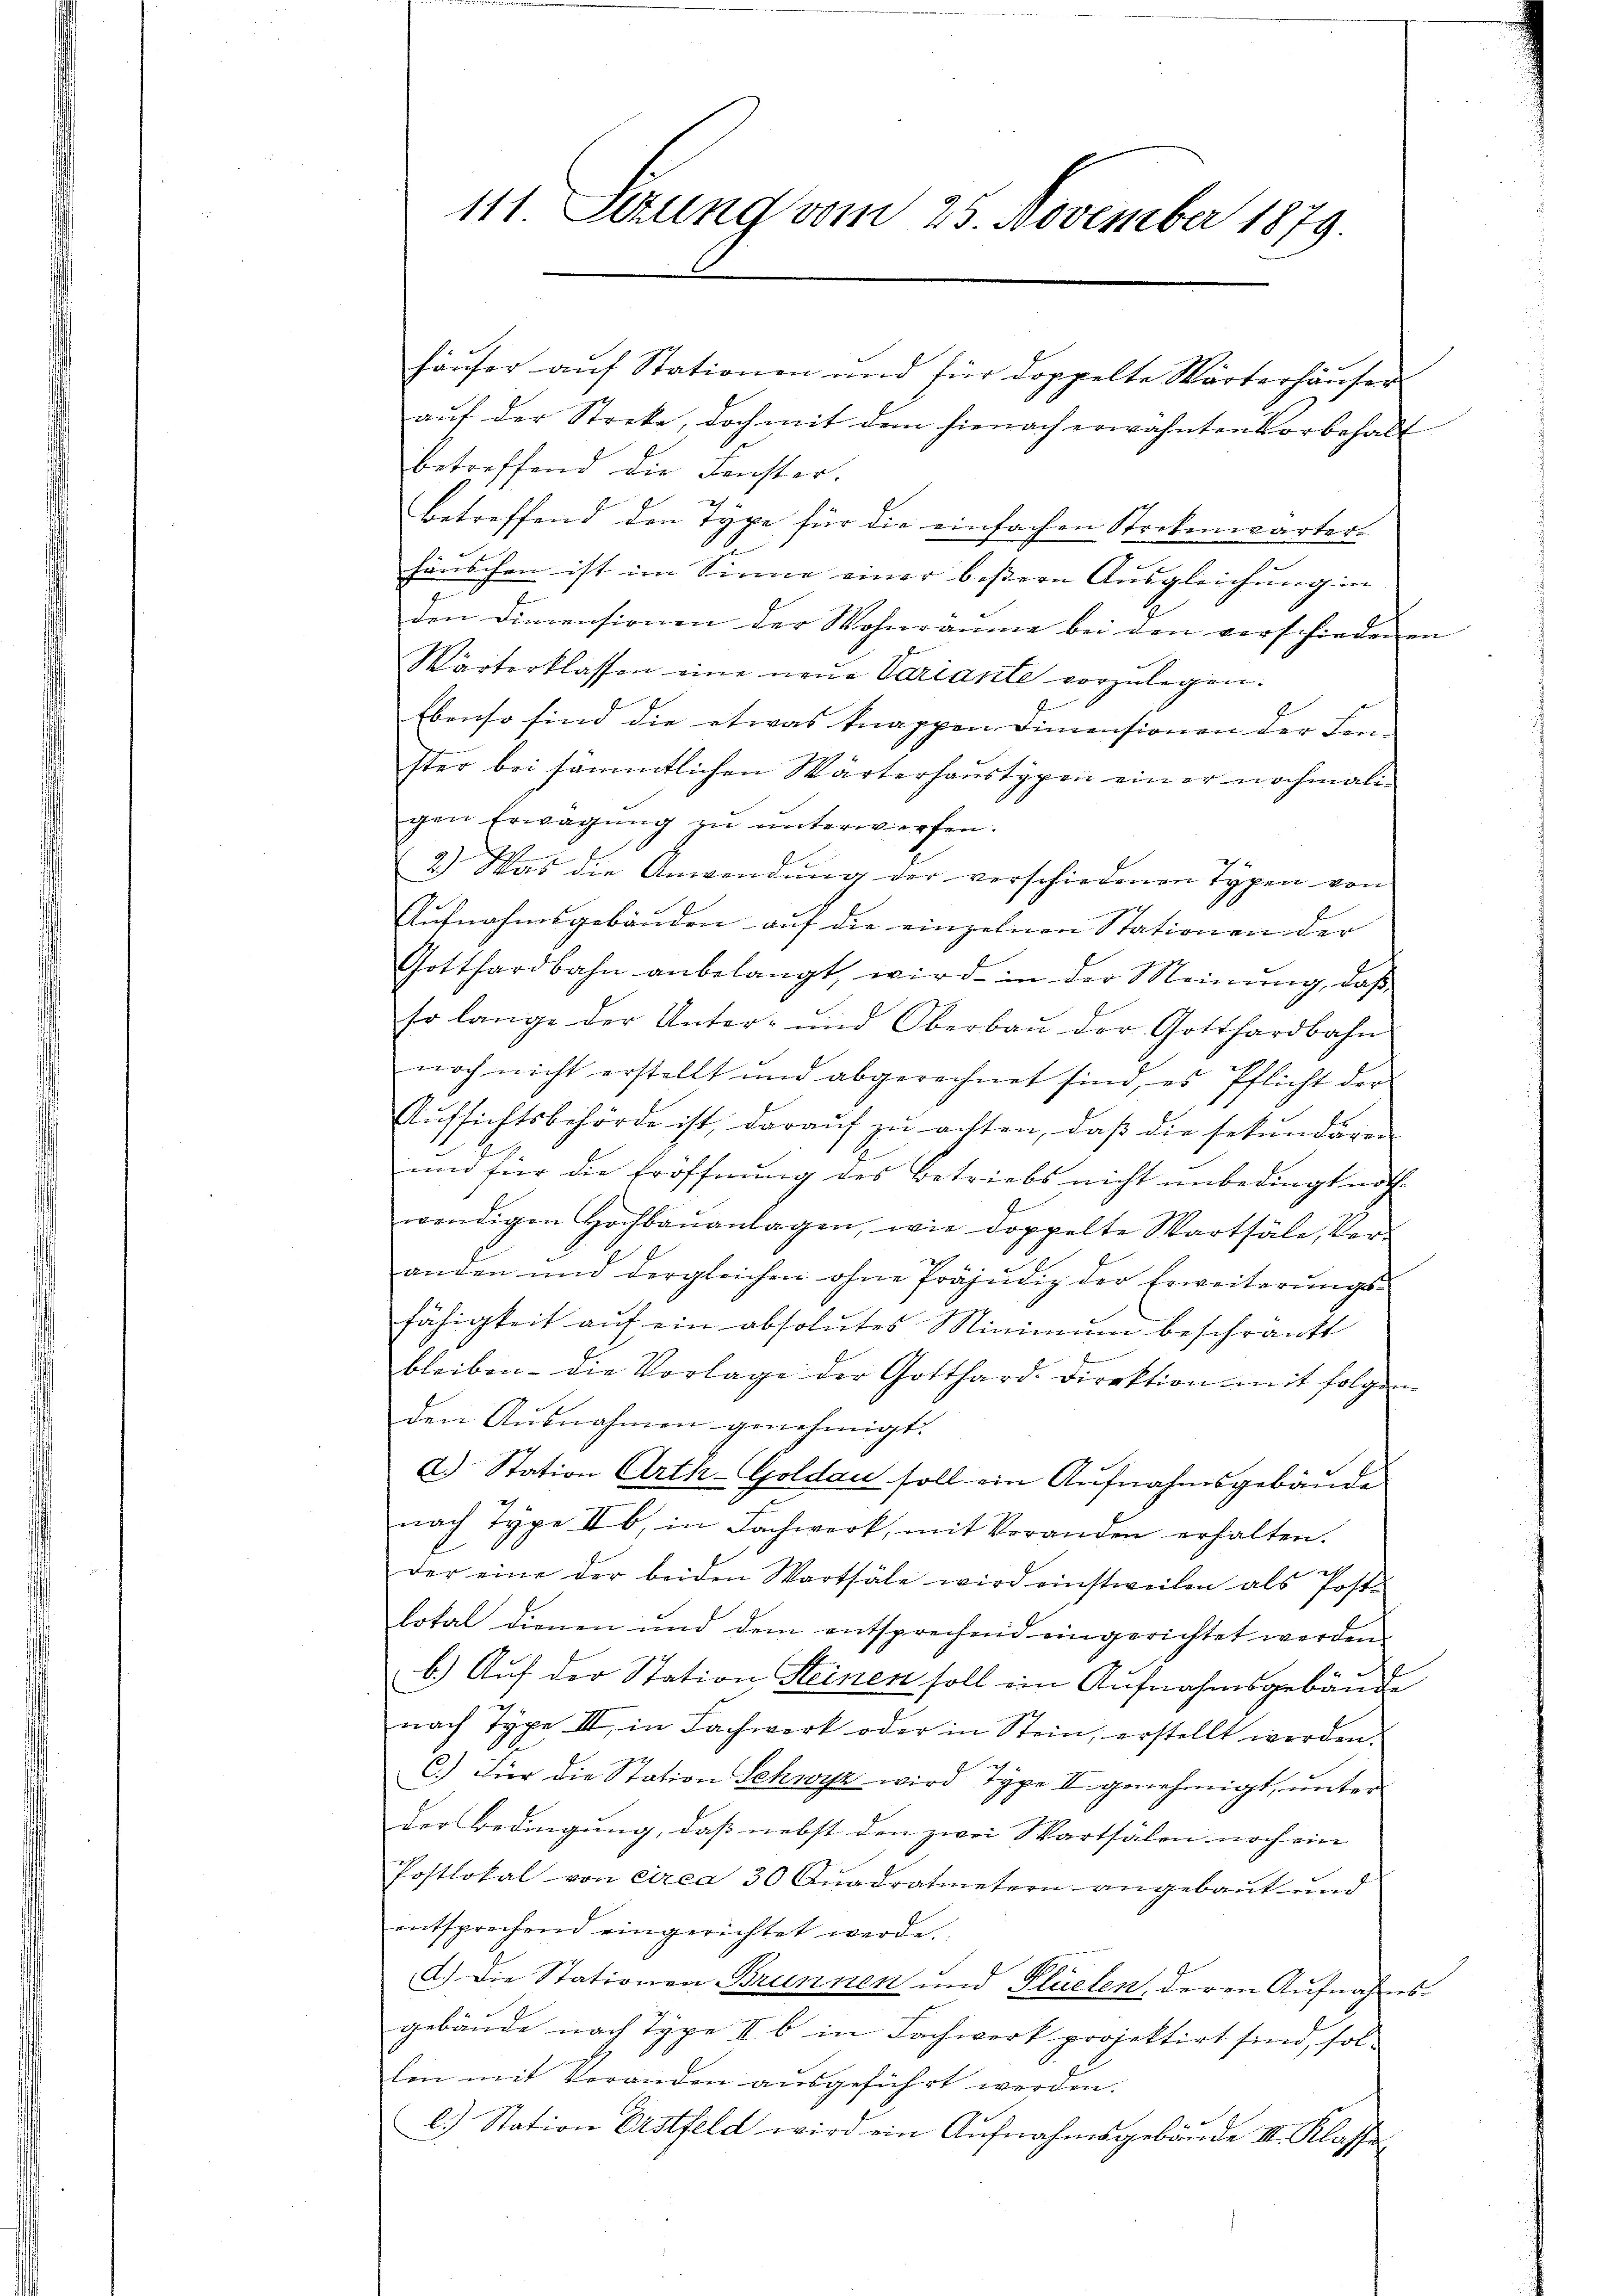
111. Setzung vom 25. November 1879.

aŭf der Streke, doch mit dem hienach erwähnten Vorbehalt
betreffend die Fenster.
betreffend den Type für die einfachen Strekenwärter-
häuschen ist im Sinne einer bestern Ausgleichung in |
den Dimensionen der Wohnräume bei den verschiedenen
Wärterklassen eine neue Variante vorzulegen.
2
u
Ebenso sind die etwas knappen Dimensionen der Censter bei sämmtlichen Wärterhaustypen einer nochmaligen Erwägŭng zŭ ŭnterwerfen.
2.) Was die Anwendung der verschiedenen Typen von
Aŭfnahmsgebäŭden auf die einzelnen Stationen der
Gotthardbahn anbelangt, wird in der Meinŭng, daβ
so lange der Unter- und Oberbaŭ der Gotthardbahn
noch nicht erstellt und abgerechnet sind, es Pflicht der
Aŭfsichtsbehörde ist, daraŭf zŭ achten, daβ die sekunderen
und für die Eröffnŭng des Betriebs nicht unbedingt noth
wendigen Hochbauanlagen, wie doppelte Wartsäle, Ver-
anden und dergleichen ohne Präjŭdig der Erweiterŭngs-
fähigkeit auf ein absolutes Minimum beschränkt
bleiben die Vorlage der Gotthard-Direktion mit folgenden Ausnahmen genehmigt.
a) Station Arth-Goldau soll ein Aufnahmsgebäude
nach Type II b. in Fachwerk, mit Veranden erhalten.
der eine der beiden Wartsäle wird einstweilen als Post-
lotal dienen und dem entsprechend eingerichtet werden
b.) Auf der Station Heinen soll ein Aufnahmsgebäude
nach Type III, in Fachwerk oder in Stein, erstellt werden.
C.) Für die Station Schwyz wird Type II genehmigt, unter
der Bedingung, daß nebst den zwei Wartsälen noch ein |
Postlokal von circa 30 Qŭadratmetern angebaut und
entsprechend eingerichtet werde.
d.) Die Stationen Brunnen und Plüelen, deren Aufnahmsgebäude nach Type II b in Fachwerk projektirt sind, sol-
lin mit Veranden aŭsgeführt werden.
l.) Station Erstfeld wird ein Aufnahmsgebäude II. Klasse

häuser auf Stationen und für doppelte Wärterhäuser